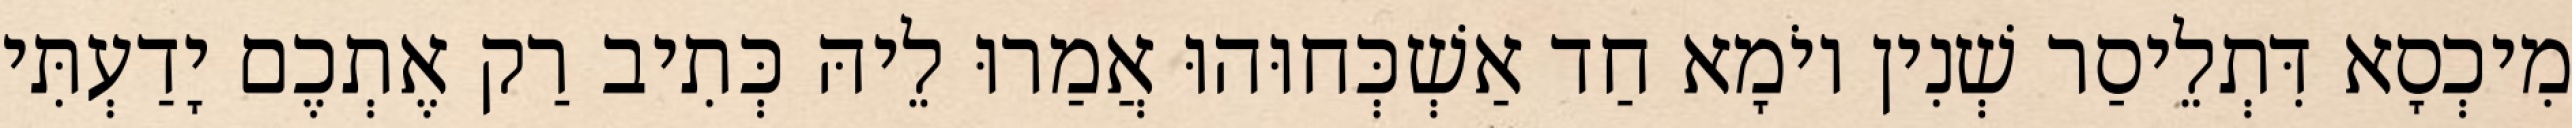
מִיכְסָא דִּתְלֵיסַר שְׁנִין יוֹמָא חַד אַשְׁכְּחוּהוּ אֲמַרוּ לֵיהּ כְּתִיב רַק אֶתְכֶם יָדַעְתִּי